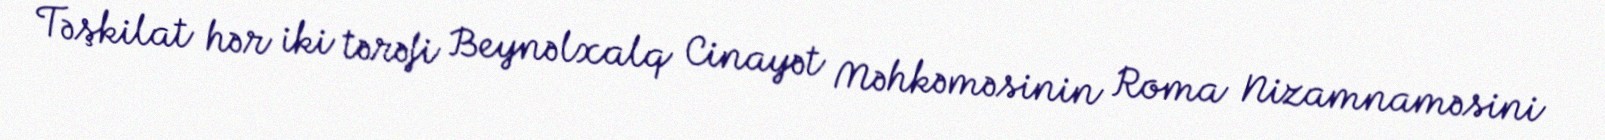
Təşkilat hər iki tərəfi Beynəlxalq Cinayət Məhkəməsinin Roma Nizamnaməsini